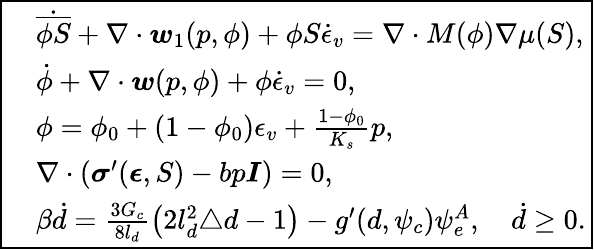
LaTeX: \boxed{\begin{array}{rl}&{\dot{\overline{{\phi S}}}+\nabla\cdot\boldsymbol{w}_{1}(p,\phi)+\phi S\dot{\epsilon}_{v}=\nabla\cdot M(\phi)\nabla\mu(S),}\\ &{\dot{\phi}+\nabla\cdot\boldsymbol{w}(p,\phi)+\phi\dot{\epsilon}_{v}=0,}\\ &{\phi=\phi_{0}+(1-\phi_{0})\epsilon_{v}+\frac{1-\phi_{0}}{K_{s}}p,}\\ &{\nabla\cdot\left(\boldsymbol{\sigma}^{\prime}(\boldsymbol{\epsilon},S)-bp\boldsymbol{I}\right)=0,}\\ &{\beta\dot{d}=\frac{3G_{c}}{8l_{d}}\left(2l_{d}^{2}\triangle{d}-1\right)-g^{\prime}(d,\psi_{c})\psi_{e}^{A},\quad\dot{d}\ge 0.}\end{array}}